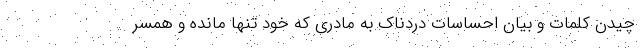
چیدن کلمات و بیان احساسات دردناک به مادری که خود تنها مانده و همسر